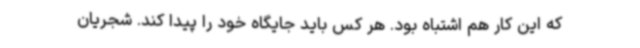
که این کار هم اشتباه بود. هر کس باید جایگاه خود را پیدا کند. شجریان